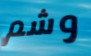
وشم